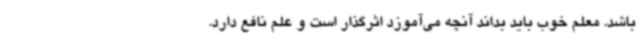
باشد. معلم خوب باید بداند آنچه می‌آموزد اثرگذار است و علم نافع دارد.